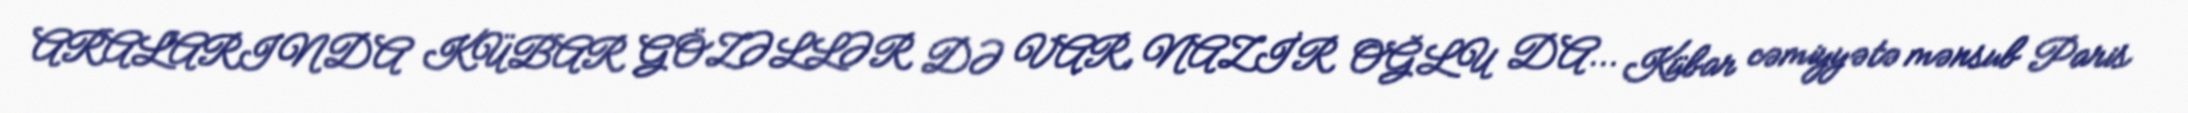
ARALARINDA KÜBAR GÖZƏLLƏR DƏ VAR, NAZİR OĞLU DA... Kübar cəmiyyətə mənsub Paris